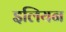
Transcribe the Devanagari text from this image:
इलियन